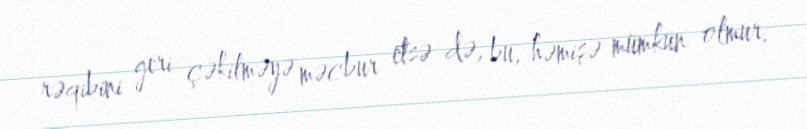
rəqibini geri çəkilməyə məcbur etsə də, bu, həmişə mümkün olmur.